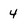
Character: 4